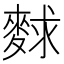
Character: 𪌵